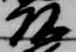
頭